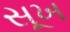
સૂખ